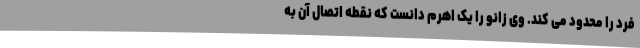
فرد را محدود می کند. وی زانو را یک اهرم دانست که نقطه اتصال آن به